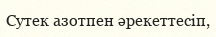
Сутек азотпен әрекеттесіп,